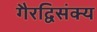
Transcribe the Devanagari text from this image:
गैरद्विसंक्य